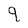
Character: 9